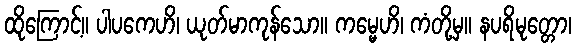
ထိုကြောင့်။ ပါပကေဟိ၊ ယုတ်မာကုန်သော။ ကမ္မေဟိ၊ ကံတို့မှ။ နပရိမုတ္တော၊